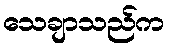
သေချာသည်က